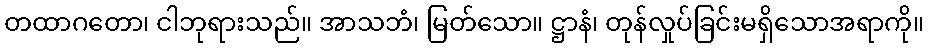
တထာဂတော၊ ငါဘုရားသည်။ အာသဘံ၊ မြတ်သော။ ဋ္ဌာနံ၊ တုန်လှုပ်ခြင်းမရှိသောအရာကို။